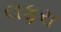
લફરા